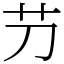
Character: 芀